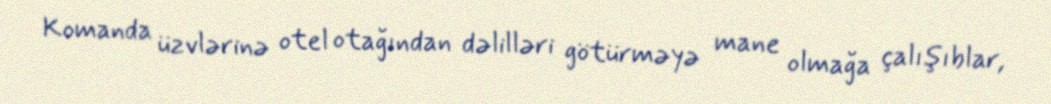
Komanda üzvlərinə otel otağından dəlilləri götürməyə mane olmağa çalışıblar,